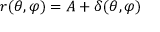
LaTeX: r ( \theta , \varphi ) = A + \delta ( \theta , \varphi )